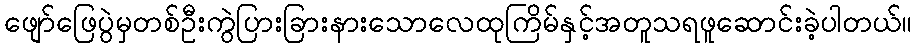
ဖျော်ဖြေပွဲမှတစ်ဦးကွဲပြားခြားနားသောလေထုကြိမ်နှင့်အတူသရဖူဆောင်းခဲ့ပါတယ်။